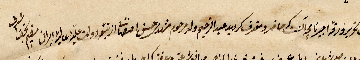
باعث لتحرير ورقة اجيرنا ....حاضر ومحترف لرويد عبد الرحيم ولد مرحوم مشهد حسن .... دولت علية عالية ايران مقيم ....